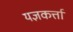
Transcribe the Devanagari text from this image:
यज्ञकर्त्ता